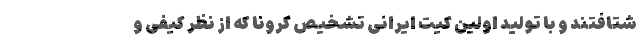
شتافتند و با تولید اولین کیت ایرانی تشخیص کرونا که از نظر کیفی و